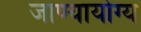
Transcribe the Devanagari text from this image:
जाण्यायोग्य